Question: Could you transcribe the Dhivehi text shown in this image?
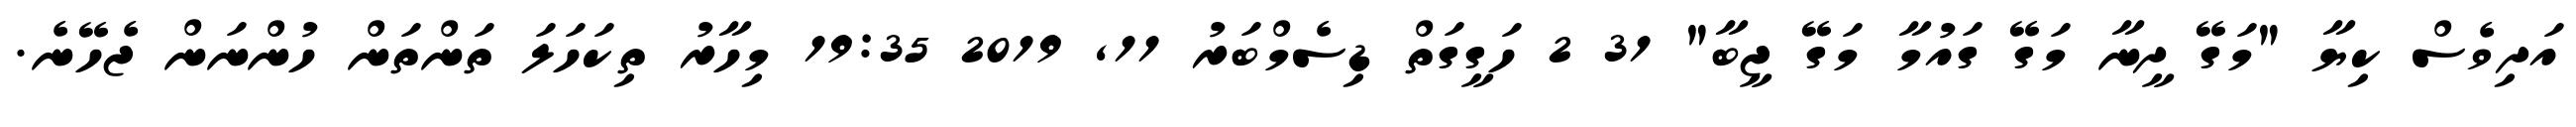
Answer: އަދިވެސް ކިޔާ "މަގޭ ދީނާ މަގޭ ގައުމާ މަގޭ ޖީބާ" 31 2 ހަގީގަތް ޑިސެމްބަރު 11, 2019 19:35 މިހާރު ތިކަހަލަ ތަންތަން ހުންނަން ޖެހޭނެ.